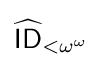
{\widehat {\mathsf {ID}}}_{<\omega ^{\omega }}